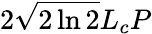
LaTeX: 2\sqrt{2\ln 2}L_{c}P